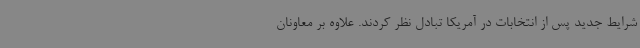
شرایط جدید پس از انتخابات در آمریکا تبادل نظر کردند. علاوه بر معاونان